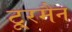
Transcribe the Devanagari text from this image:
टू्रमैन